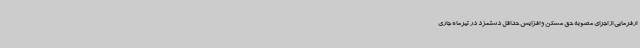
ارفرمایی از اجرای مصوبه حق مسکن و افزایش حداقل دستمزد در تیرماه جاری